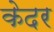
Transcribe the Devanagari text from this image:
केदर